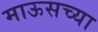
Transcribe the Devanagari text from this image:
माऊसच्या